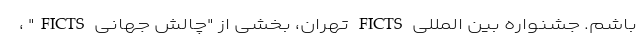
باشم. جشنواره بین المللی FICTS تهران، بخشی از "چالش جهانی FICTS" ،